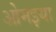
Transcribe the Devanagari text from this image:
ओमइया